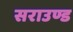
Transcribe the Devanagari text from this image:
सराउण्ड